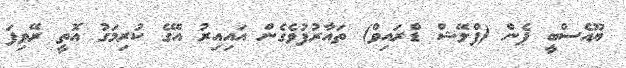
ޔޫއެސްބީ ޕެން (ފްލޭޝް ޑްރައިވް) ތައާރުފުވެގެން އައިއިރު އޭގެ ކުރިމަގު އޮތީ ރޭވިފަ